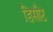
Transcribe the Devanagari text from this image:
डिसीट